Scottish Leaving Certificate Examination, 1952
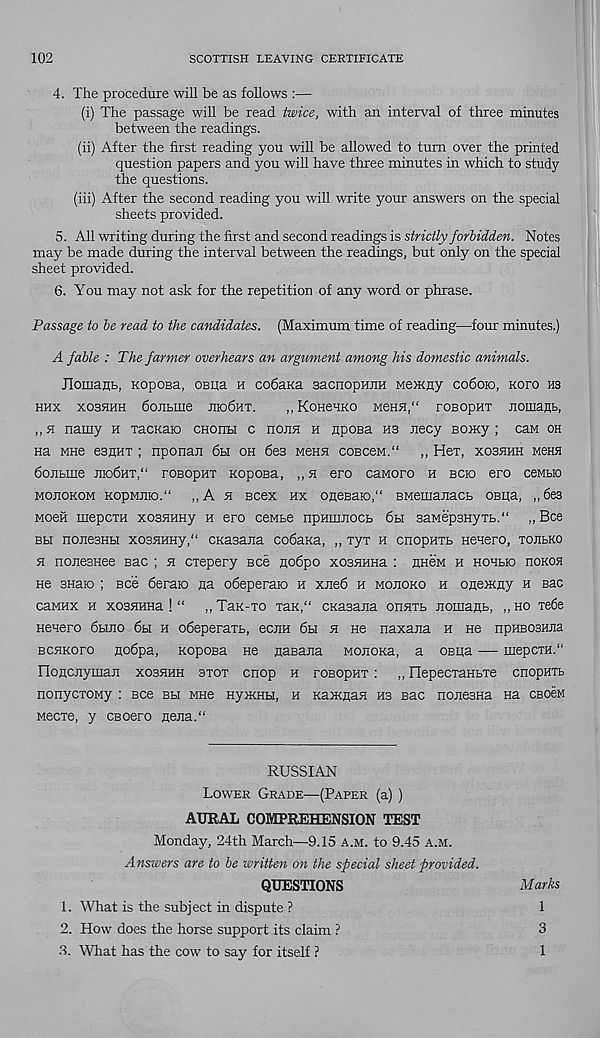
102
SCOTTISH LEAVING CERTIFICATE
4. The procedure will be as follows :—
(i) The passage will be read twice, with an interval of three minutes
between the readings.
(ii) After the first reading you will be allowed to turn over the printed
question papers and you will have three minutes in which to study
the questions.
(iii) After the second reading you will write your answers on the special
sheets provided.
5. All writing during the first and second readings is strictly forbidden. Notes
may be made during the interval between the readings, but only on the special
sheet provided.
6. You may not ask for the repetition of any word or phrase.
Passage to be read to the candidates. (Maximum time of reading—four minutes.)
A fable : The farmer overhears an argument among his domestic animals.
Jlomant, KopoBa, osiia h codana sacnopniiH neiKny coboio, kofo ns
HHX X03HHH 6oJIbIHe JIIo6hT.
,, KOHCHKO MeHH,“ rOBOpHT Jiomaub,
„ h namy h TacKaio cHorrbi c hojih h upoBa m iiecy Bomy ; caM oh
Ha MHe esnHT ; nponan 6h oh 6es Menu coBceM.“ „ Her, xobhhh M6HH
doiibiiie jik>6ht,“ roBopuT KopoBa, „5i ero caMoro h bcio ero ceMbio
MOHOKOM KOpMHK).“ ,, A H BC6X HX OHeBaiO,“ BMeUiaiiaCb OBIia, ,,6e3
Moeii mepCTH xosuHHy h ero ceMbe npHumocb 6h saMep3HyTb.“ „ Bee
bh nonesHH X03HHHy,“ cnasana codaKa, „ TyT h cnopHTb Heuero, tojilko
h noiiesHee sac ; h CTepery see nodpo xosHHHa : hhgm h HOHbio hokoh
He snaio ; Bee deraio Ha odeperaio h xned h mojioko h oneiKny h bhc
caMHx h xosHima ! “ ,, Tan-TO TaK,“ CKasana ohjitb nomanb, „ ho rede
Heuero 6buio 6h h odeperaTb, ecjiH 6h h ne naxana h hg npHBOSHJia
BCHKoro nodpa, Koposa He nasaira mohokh, a obiih — mepcTH.“
FIoHCHymaH xoshhh stot cnop h roBopuT : „ FlepecTaHbTe cnopHTb
nonycTOMy : see bh mhb HyxcHH, h naiKHaH H3 Bac nonesHa na cbobm
wecTe, y csoero neHa.“
RUSSIAN
Lower Grade—(Paper (a) )
AURAL COMPREHENSION TEST
Monday, 24th March—9.15 a.m. to 9.45 a.m.
Answers are to be written on the special sheet provided.
QUESTIONS
Marks
1. What is the subject in dispute ?
1
2. How does the horse support its claim ?
3
3. What has the cow to say for itself ?
1